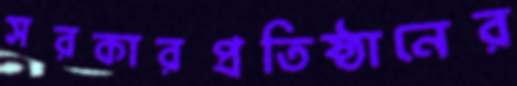
সরকারপ্রতিষ্ঠানের